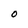
Character: O